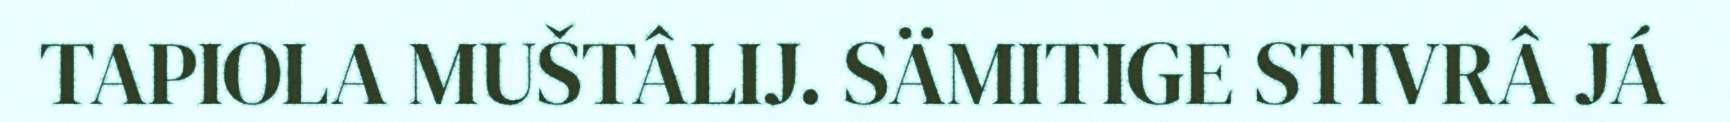
TAPIOLA MUŠTÂLIJ. SÄMITIGE STIVRÂ JÁ